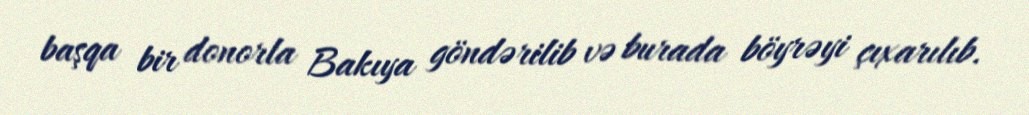
başqa bir donorla Bakıya göndərilib və burada böyrəyi çıxarılıb.